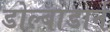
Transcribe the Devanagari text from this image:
डोल्बाडार्न